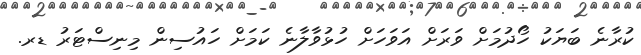
ކުރާނެ ބަޔަކު ހޯދުމަށް ވަރަށް އަވަހަށް ހުޅުވާލާނެ ކަމަށް ހައުސިން މިނިސްޓަރު ޑރ.